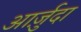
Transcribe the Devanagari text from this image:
आर्ज़ुदा